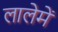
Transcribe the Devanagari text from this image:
लालेमें